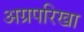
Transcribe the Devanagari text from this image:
अग्रपरिखा